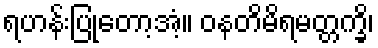
ရဟန်းပြုတော့အံ့။ ဝနတိမိရမတ္တက္ခိ၊